Civil Veterinary Department Bihar & Orissa reports 1911-21 - 1911-1921
Year: 1911
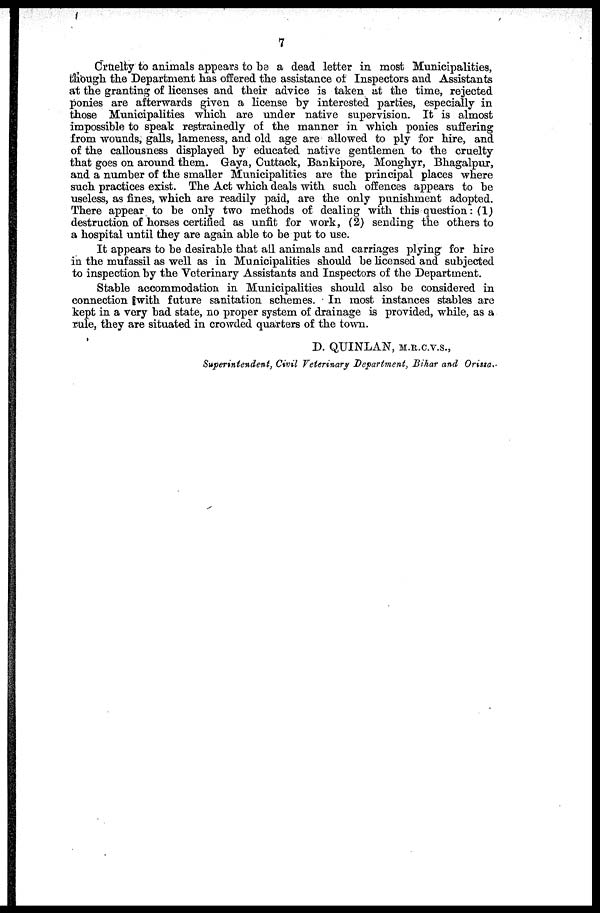
7
Cruelty to animals appears to be a dead letter in most Municipalities,
though the Department has offered the assistance of Inspectors and Assistants
at the granting of licenses and their advice is taken at the time, rejected
ponies are afterwards given a license by interested parties, especially in
those Municipalities which are under native supervision. It is almost
impossible to speak restrainedly of the manner in which ponies suffering
from wounds, galls, lameness, and old age are allowed to ply for hire, and
of the callousness displayed by educated native gentlemen to the cruelty
that goes on around them. Gaya, Cuttack, Bankipore, Monghyr, Bhagalpur,
and a number of the smaller Municipalities are the principal places where
such practices exist. The Act which deals with such offences appears to be
useless, as fines, which are readily paid, are the only punishment adopted.
There appear to be only two methods of dealing with this question: (1)
destruction of horses certified as unfit for work, (2) sending the others to
a hospital until they are again able to be put to use.
It appears to be desirable that all animals and carriages plying for hire
in the mufassil as well as in Municipalities should be licensed and subjected
to inspection by the Veterinary Assistants and Inspectors of the Department.
Stable accommodation in Municipalities should also be considered in
connection with future sanitation schemes. In most instances stables are
kept in a very bad state, no proper system of drainage is provided, while, as a
rule, they are situated in crowded quarters of the town.
D. QUINLAN, M.R.C.V.S.,
Superintendent, Civil Veterinary Department, Bihar and Orissa.